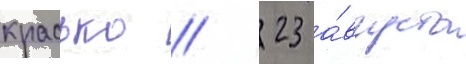
красько // 23 а́вгуста